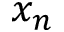
x _ { n }